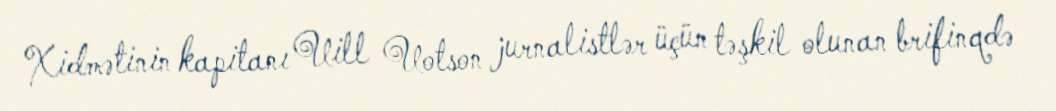
Xidmətinin kapitanı Uill Uotson jurnalistlər üçün təşkil olunan brifinqdə